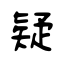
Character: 疑